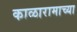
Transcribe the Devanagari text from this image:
काळारामाच्या